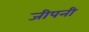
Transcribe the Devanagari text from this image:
जीपनी